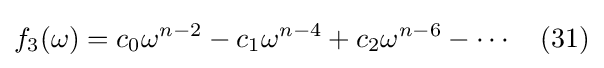
f_{3}(\omega )=c_{0}\omega ^{n-2}-c_{1}\omega ^{n-4}+c_{2}\omega ^{n-6}-\cdots \quad (31)